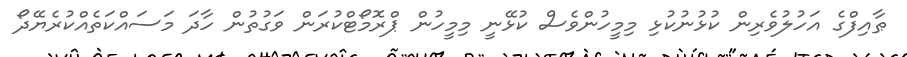
ޠާއިފްގެ އަހުލުވެރިން ކުޅުނުކުޅި މިމީހުންވެސް ކުޅޭނީ މިމީހުން ޕްރޮމޯޓްކުރަން ވަގުތުން ހާދަ މަސައްކަތެއްކުރެޔޭދޯ